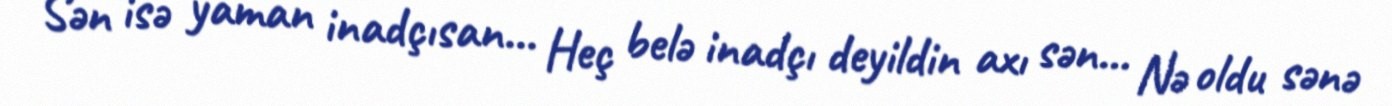
Sən isə yaman inadçısan... Heç belə inadçı deyildin axı sən... Nə oldu sənə